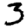
Digit: 3